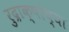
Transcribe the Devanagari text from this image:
रुद्राक्षांच्या